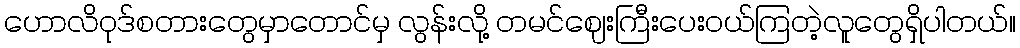
ဟောလိဝုဒ်စတားတွေမှာတောင်မှ လွန်းလို့ တမင်ဈေးကြီးပေးဝယ်ကြတဲ့လူတွေရှိပါတယ်။